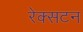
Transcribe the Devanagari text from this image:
रेक्सटन